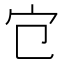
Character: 𡦻